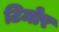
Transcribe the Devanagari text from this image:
टिमोर